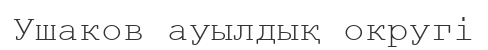
Ушаков ауылдық округі